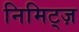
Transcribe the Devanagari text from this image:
निमिट्ज़